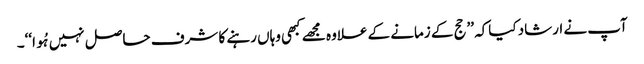
آپ نے ارشاد کیاکہ ’’حج کے زمانے کے علاوہ مجھے کبھی وہاں رہنے کا شرف حاصل نہیں ہُوا‘‘۔